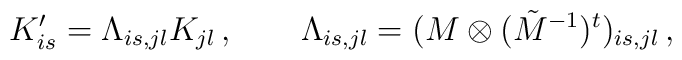
K'_{is} = \Lambda_{is,jl} K_{jl} \,, \qquad \Lambda_{is,jl} = (M \otimes(\tilde{M}^{-1})^{t})_{is,jl}\,,